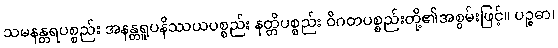
သမနန္တရပစ္စည်း အနန္တရူပနိဿယပစ္စည်း နတ္တိပစ္စည်း ဝိဂတပစ္စည်းတို့၏အစွမ်းဖြင့်။ ပဉ္စဓာ၊